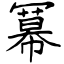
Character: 冪